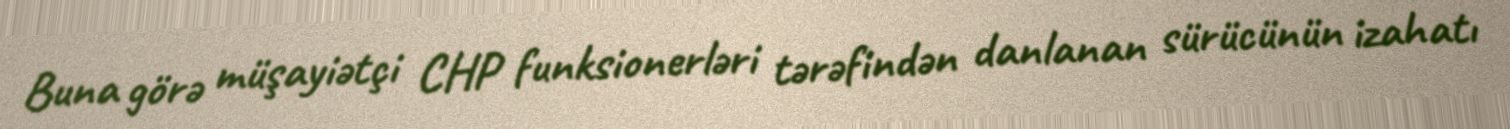
Buna görə müşayiətçi CHP funksionerləri tərəfindən danlanan sürücünün izahatı